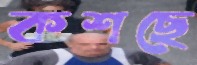
কশছে